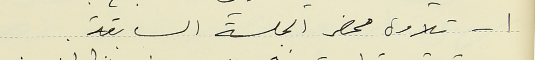
١- تلاوة محضر الجلسة السابقة.